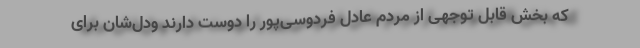
که بخش قابل توجهی از مردم عادل فردوسی‌پور را دوست دارند ودل‌شان برای